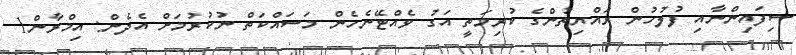
ސިފައިންނާއި ފުލުހުން ރައްޔިތުންގެ ކުރިމަތީ އަގު ވެއްޓޭނެހެން މަސައްކަތް ނުކުރުމަށް އެދެން: އިމްރާން1